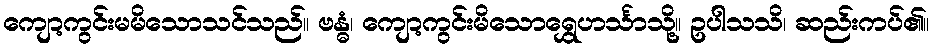
ကျော့ကွင်းမမိသောသင်သည်။ ဗန္ဓံ၊ ကျော့ကွင်းမိသောရွှေဟင်္သာသို့။ ဥပါသသိ၊ ဆည်းကပ်၏။